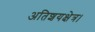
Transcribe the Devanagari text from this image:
अतिशयक्षेत्र।